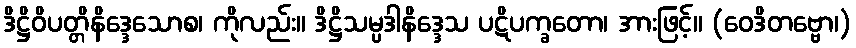
ဒိဋ္ဌိဝိပတ္တိနိဒ္ဒေသောစ၊ ကိုလည်း။ ဒိဋ္ဌိသမ္ပဒါနိဒ္ဒေသ ပဋိပက္ခတော၊ အားဖြင့်။ (ဝေဒိတဗ္ဗော၊)